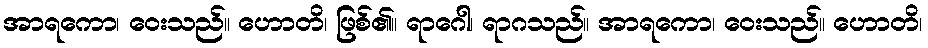
အာရကော၊ ဝေးသည်။ ဟောတိ၊ ဖြစ်၏။ ရာဂေါ၊ ရာဂသည်။ အာရကော၊ ဝေးသည်။ ဟောတိ၊